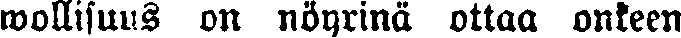
wollisuus on nöyrinä ottaa onkeen